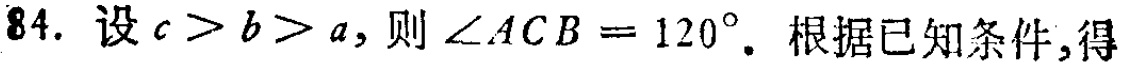
84. 设\(c > b > a\)，则\(\angle ACB = 120^{\circ}\). 根据已知条件,得